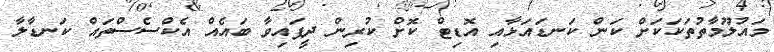
މައުލޫމާތުތަކަކަށް ކަން ކަނޑައަޅާއި އޮޑިޓް ކޮށް ކުރިން ދީފައިވާ ބައެއް އެކްސެސްތައް ކަނޑާލާ